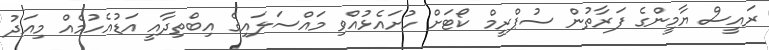
ރައީސް ޔާމީންގެ ފަރާތުން ސުޕްރީމް ކޯޓަށް ހުށައެޅުއްވި މައްސަލައިގެ އިބްތިދާއީ އަޑުއެހުމެއް މިއަދު